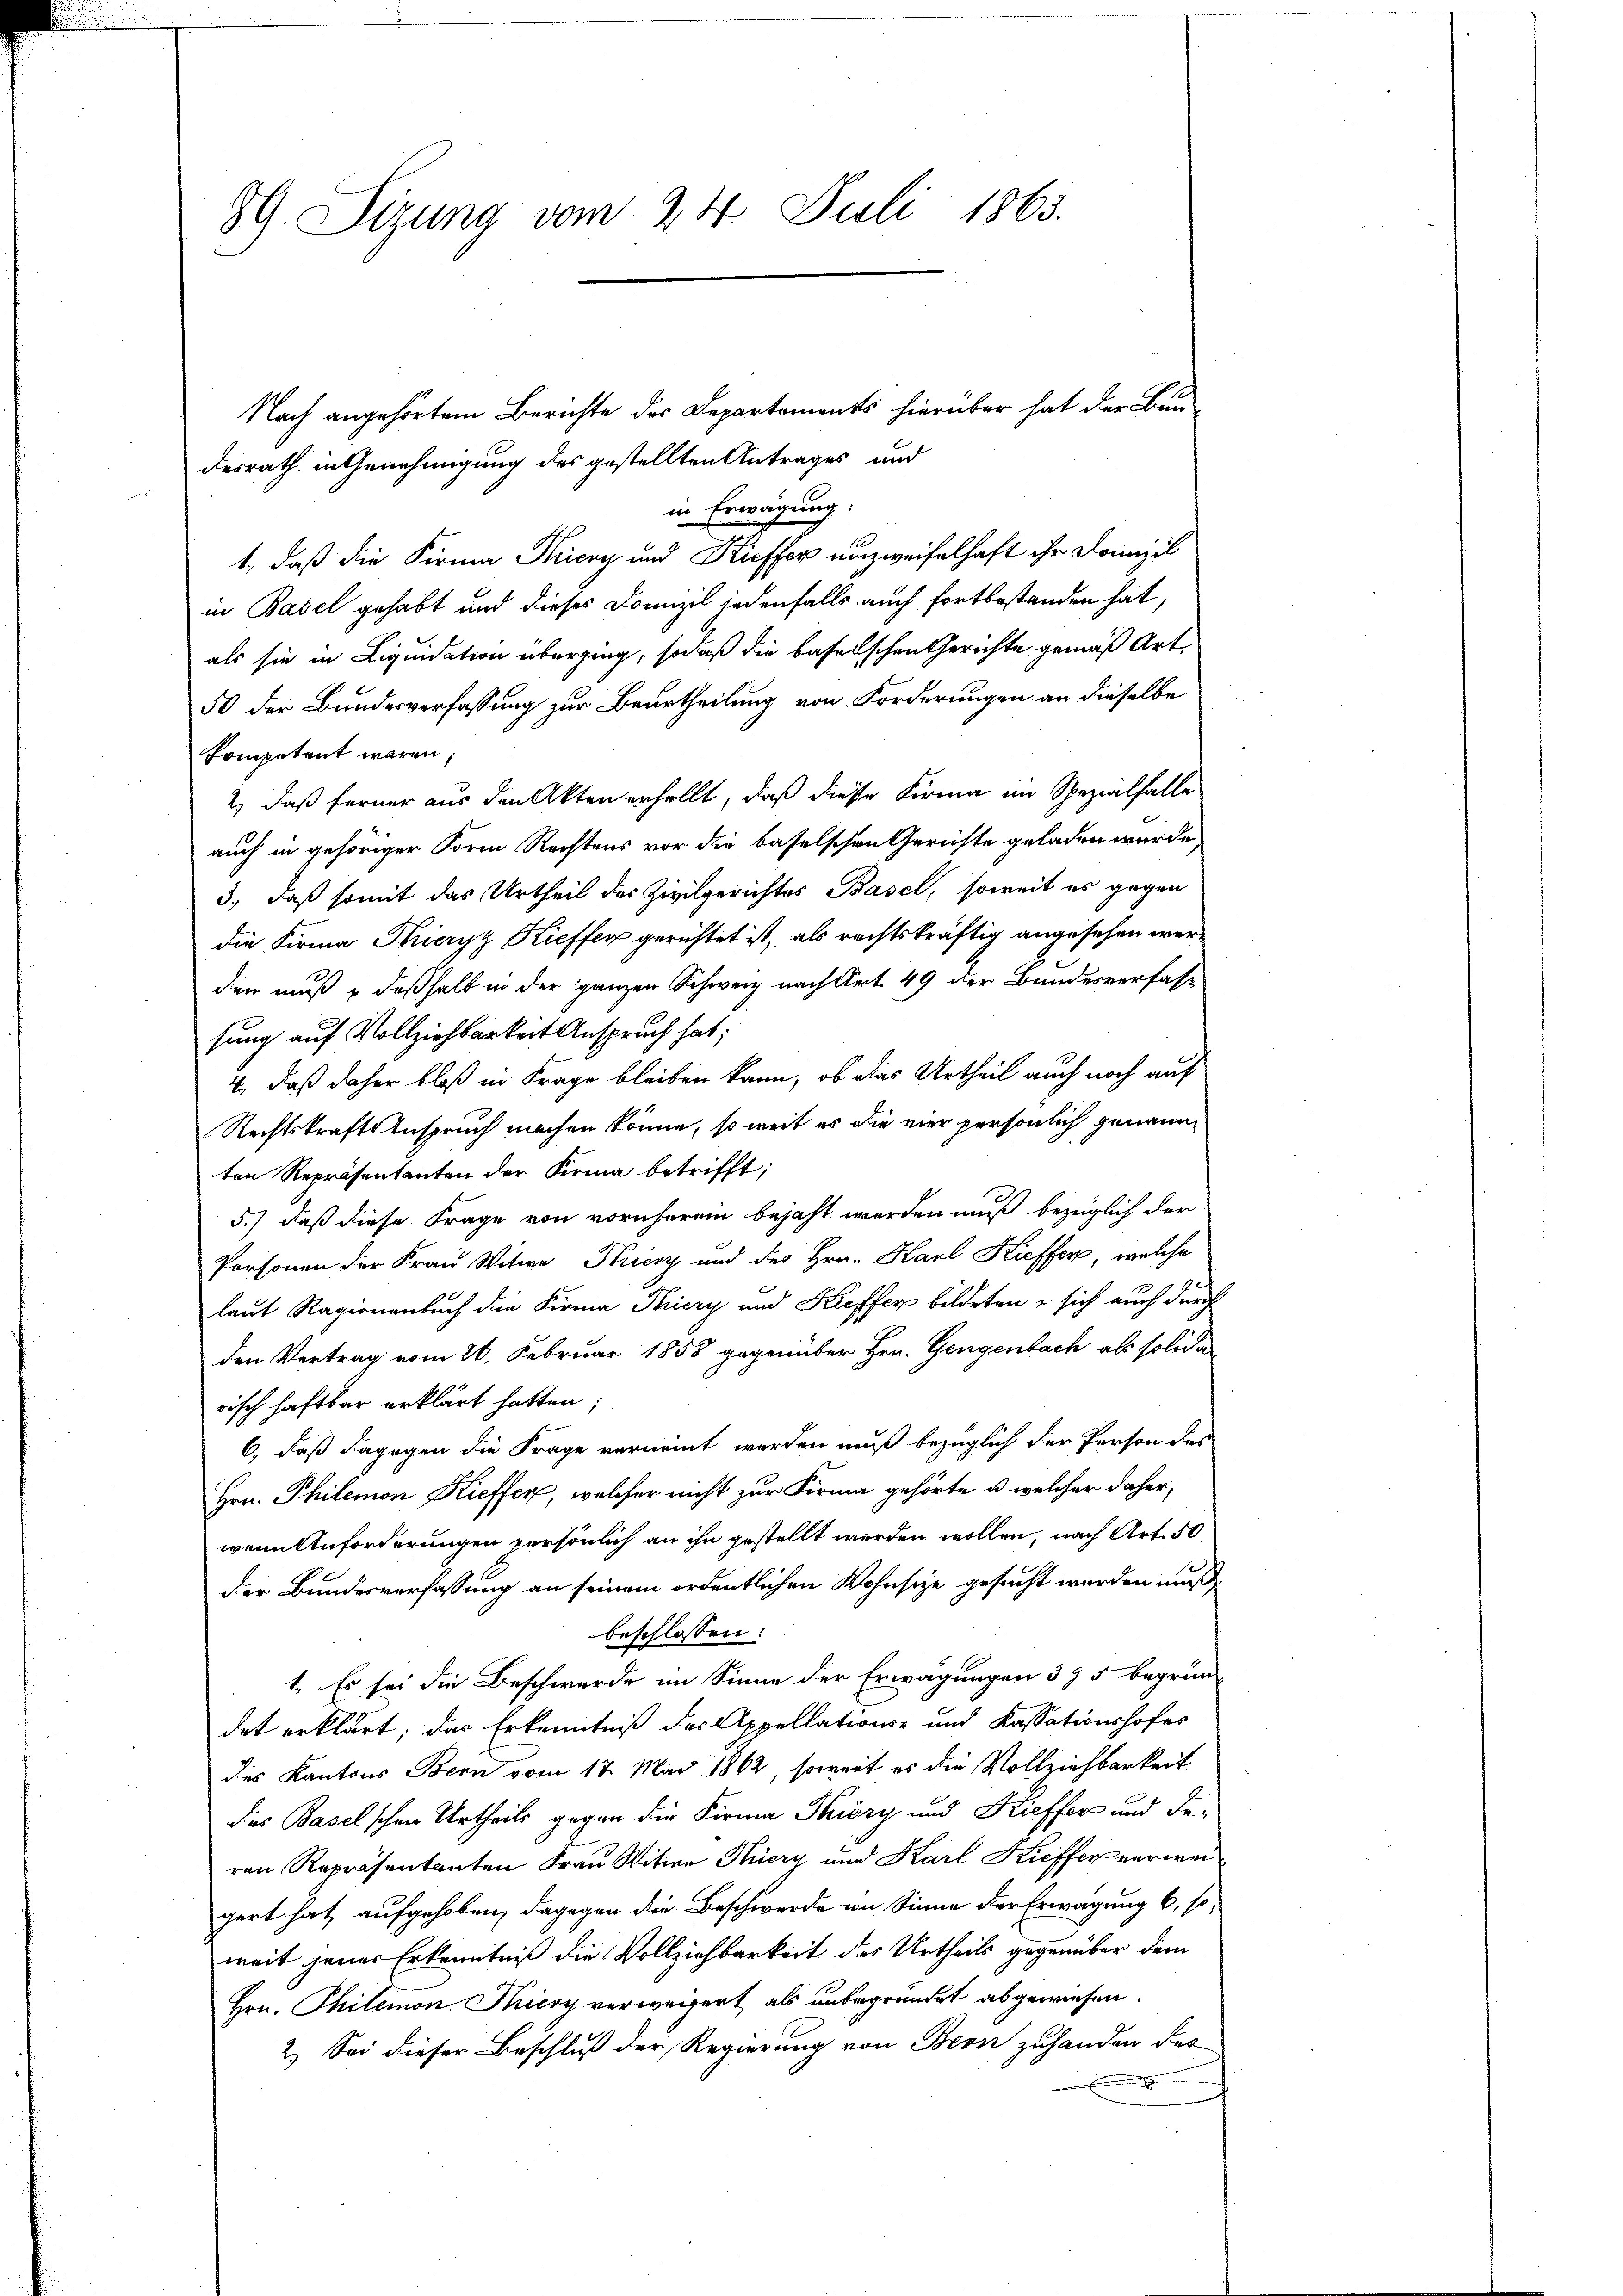
39. Sitzung vom 24. Juli 1863.

Nach angehörtem Berichte des Departements hierüber hat der Bun-
desrath in Genehmigung des gestellten Antrages und
in Erwägung:
1, daß die Firma Picry und Küffer unzweifelhaft ihr Domizil
in Basel gehabt und dieses Domizil jedenfalls auch fortbestanden hat,
als sie in Liquidation überging, sodaß die baselschen Gerichte gemäß Art.
50 der Bundesverfassung zur Beurtheilung von Forderungen an dieselbe
Kompetent waren
2) daß ferner aus den Akten erhellt, daß diese Firma im Spezialfalle
auch in gehöriger Form Rechtens vor die baselschen Gerichte geladen wurde,
3., daß somit das Urtheil des Zivilgerichtes Basel, soweit es gegen
die Firma Strieryz Kieffer gerichtet ist, als rechtskräftig angesehen werde
den muß deßhalb in der ganzen Schweiz nach Art. 49 der Bundesverfassung auf Vollziehbarkeit Anspruch hat;
4, daß daher bloß in Frage bleiben kann, ob das Urtheil auch noch auf
Rechtskraft Anspruch machen könne, so weit es die vier persönlich genann
ten Repräsentanten der Firma betrifft;
5.) daß diese Frage von vornherem bejaht werden muß bezüglich der
Personen der Frau Witwe Kricsy und des Hrn. Karl Kieffen, welche
laut Ragionenbuch die Firma Thiery und Kieffen bildeten, sich auch durch
den Vertrag vom 26. Februar 1858 gegenüber Hrn. Gengenbach als solida
risch haftbar erklärt hatten;
6, daß dagegen die Frage vernennt werden muß bezüglich der Person des
Hrn. Philemon Kieffer, welcher nicht zur Firma gehörte u. welcher daher,
wenn Anforderungen persönlich an ihn gestellt werden wollen, nach Art. 50
der Bundesverfassung an seinem ordentlichen Wohnsize gesucht werden muß
beschlossen:
1. Es sei die Beschwerde im Sinne der Erwägungen 375 begrün-
det erklärt; das Erkenntniß der Appellations- und Kassationshofes
des Kantons Bern vom 17. Mai 1862, soweit es die Vollziehbarkeit
Das Baselschen Urtheils gegen die Firma Thiery und Kieffer und Deren Repräsentanten Frau Witwe Hiery und Karl Kieffer verweigert hat aufgehoben, dagegen die Beschwerde in Sinne der Erwägung 6, so
weit jenes Erkenntniß die Vollziehbarkeit des Urtheils gegenüber dem
Hrn. Thilemon Micoy verweigert als unbegründet abgewiesen.
2.) Sei dieser Beschluß der Regierung von Bern zuhanden des